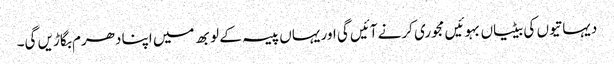
دیہاتیوں کی بیٹیاں بہوئیں مجوری کرنے آئیں گی اور یہاں پیسہ کے لوبھ میں اپنا دھرم بگاڑیں گی۔